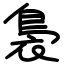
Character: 裊